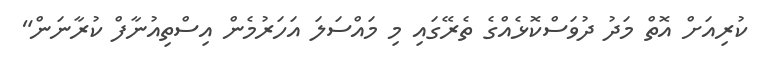
ކުރިއަށް އޮތް މަދު ދުވަސްކޮޅެއްގެ ތެރޭގައި މި މައްސަލަ އަހަރުމެން އިސްތިއުނާފް ކުރާނަން"